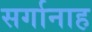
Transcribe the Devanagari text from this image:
सर्गानाह